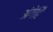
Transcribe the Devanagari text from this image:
अंगेहिँ